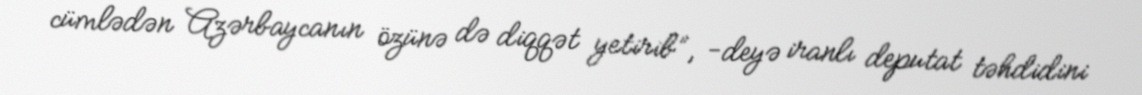
cümlədən Azərbaycanın özünə də diqqət yetirib”, -deyə iranlı deputat təhdidini